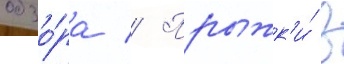
обзо́ра // Прыжк'и́ в